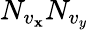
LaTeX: N_{v_{\mathbf{x}}}N_{v_{y}}